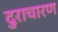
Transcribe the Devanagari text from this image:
दुराचारण